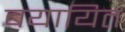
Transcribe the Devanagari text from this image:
बयायित